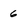
Character: 6